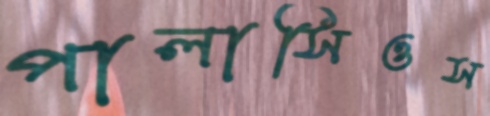
পালাসিওস